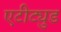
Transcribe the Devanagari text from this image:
एटीट्युड